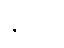
နုဒတိ